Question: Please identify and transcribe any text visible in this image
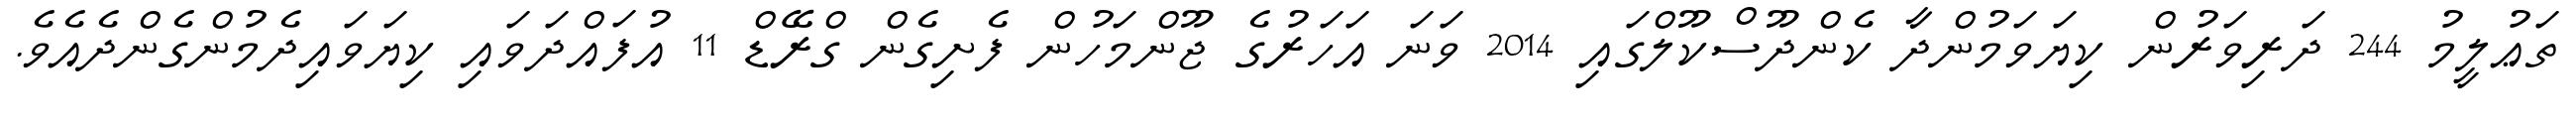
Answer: ތަޢުލީމު 244 ދަރިވަރުން ކިޔަވަމުންދާ ކެންދޫސްކޫލްގައި 2014 ވަނަ އަހަރުގެ ޖޫންމަހުން ފެށިގެން ގްރޭޑް 11 އުފައްދަވައި ކިޔަވައިދެމުންގެންދެއެވެ.